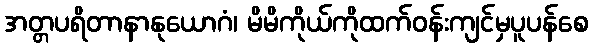
အတ္တပရိတာနာနုယောဂံ၊ မိမိကိုယ်ကိုထက်ဝန်းကျင်မှပူပန်စေ